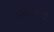
અમલસાડી